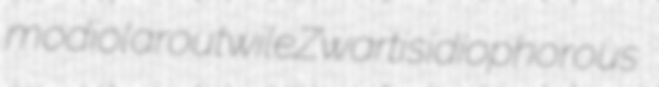
modiolar outwile Zwart isidiophorous